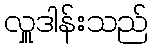
လှူဒါန်းသည်